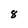
Character: 8